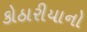
કોઠારીયાનો